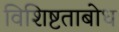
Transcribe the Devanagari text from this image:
विशिष्टताबोध